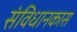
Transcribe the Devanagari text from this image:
संविधानकास